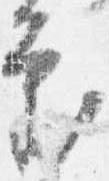
審